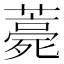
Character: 薧